Civil Veterinary Department Bengal reports 1923-33 - 1923-1933
Year: 1923
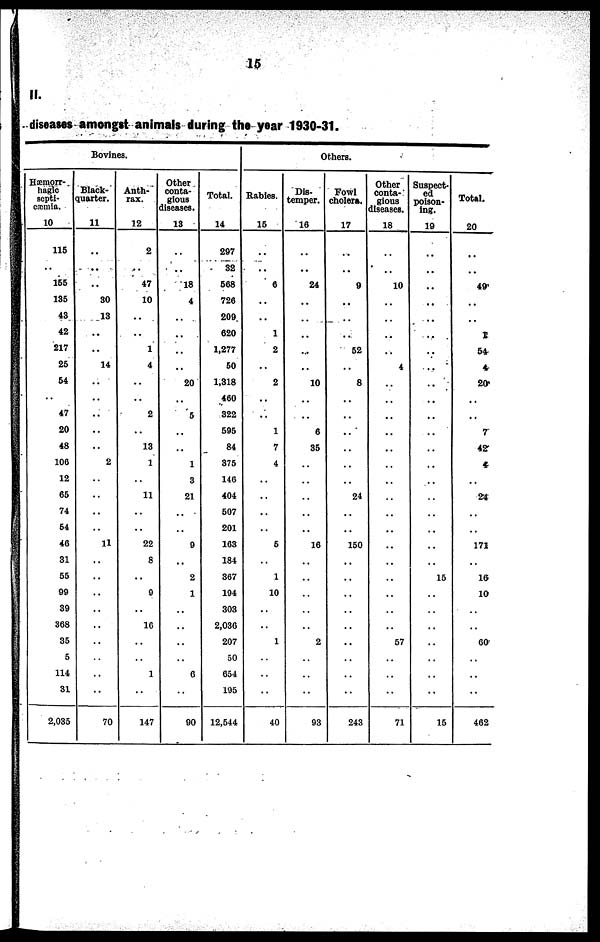
15
II.
diseases amongst animals during the year 1930-31.
Hæmorr-
hagic
septi-
cæmia.
10
115
..
165
135
43
42
217
25
54
..
47
20
48
106
12
65
74
54
40
31
55
99
39
368
35
5
114
31
2,035
Bovines.
Black-
quarter.
11
..
..
..
30
13
..
..
14
..
..
..
..
..
2
..
..
..
..
11
..
..
..
..
..
..
..
..
..
70
Anth-
rax.
12
2
..
47
10
..
..
1
4
..
..
2
..
13
1
..
11
..
..
22
8
..
9
..
16
..
..
1
..
147
Other
conta-
gious
diseases.
13
..
..
18
4
..
..
..
..
20
..
5
..
..
1
3
21
..
..
9
..
2
1
..
..
..
..
6
..
90
Total.
14
297
32
568
726
209
620
1,277
50
1,318
460
322
595
84
375
140
404
507
201
163
184
367
194
303
2,036
207
50
654
195
12,544
Babies.
15
..
..
6
..
..
1
2
..
2
..
..
1
7
4
..
..
..
..
5
..
1
10
..
..
1
..
..
..
40
Others.
Dis-
temper.
16
..
..
24
..
..
..
..
..
10
..
..
6
85
..
..
..
..
..
16
..
..
..
..
..
2
..
..
..
93
Fowl
cholera.
17
..
..
9
..
..
..
52
..
8
..
..
..
..
..
..
24
..
..
150
..
..
..
..
..
..
..
..
..
243
Other
conta-
gious
diseases.
18
..
..
10
..
..
..
..
4
..
..
..
..
..
..
..
..
..
..
..
..
..
..
..
..
57
..
..
..
71
Suspect-
ed
poison-
ing.
19
..
..
..
..
..
..
..
..
..
..
..
..
..
..
..
..
..
..
..
..
15
..
..
..
..
..
..
..
15
Total.
20
..
..
49
..
..
5
54
4
20
..
..
7
42
4
..
24
..
..
171
..
16
10
..
..
60
..
..
..
462